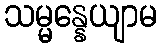
သမ္မန္နေယျာမ